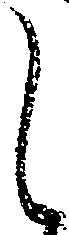
し